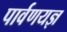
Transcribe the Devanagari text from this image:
पार्वणयज्ञ